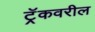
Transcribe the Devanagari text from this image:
ट्रॅकवरील